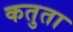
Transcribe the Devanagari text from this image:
कतुता